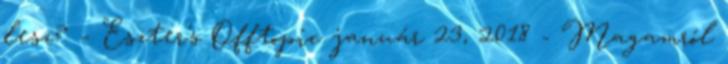
lesz? – Eszter's Offtopic január 23, 2018 - Magamról